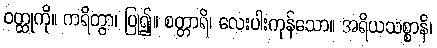
ဝတ္ထုကို။ ကရိတွာ၊ ပြု၍။ စတ္တာရိ၊ လေးပါးကုန်သော။ အရိယသစ္စာနိ၊